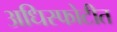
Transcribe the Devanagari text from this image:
अधिस्फोटीत